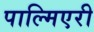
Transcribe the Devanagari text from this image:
पाल्मिएरी